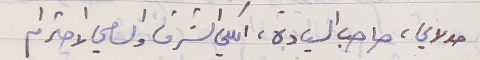
مولاي، صاحب السيادة، الكلي الشرف والسامي الاحترام